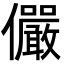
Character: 儼